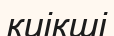
киікші